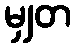
မျှတ